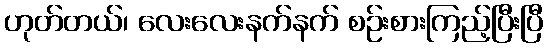
ဟုတ်တယ်၊ လေးလေးနက်နက် စဉ်းစားကြည့်ပြီးပြီ